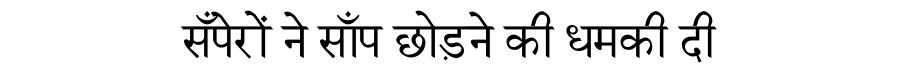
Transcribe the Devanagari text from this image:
सँपेरों ने साँप छोड़ने की धमकी दी